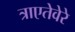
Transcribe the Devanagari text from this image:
त्राएतेवेरे